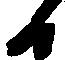
日